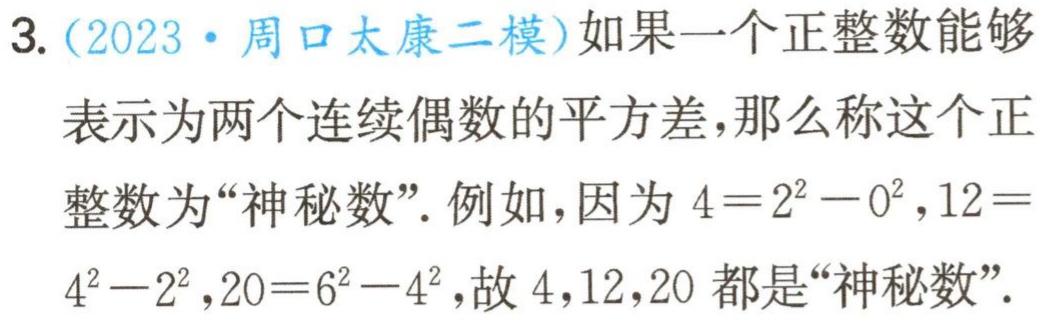
3.（2023·周口太康二模）如果一个正整数能够表示为两个连续偶数的平方差，那么称这个正整数为“神秘数”. 例如，因为\(4 = 2^{2}-0^{2}\)，\(12 = 4^{2}-2^{2}\)，\(20 = 6^{2}-4^{2}\)，故\(4\)，\(12\)，\(20\)都是“神秘数”.